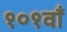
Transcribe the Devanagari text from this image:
१०१वाँ